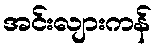
အင်းလျားကန်